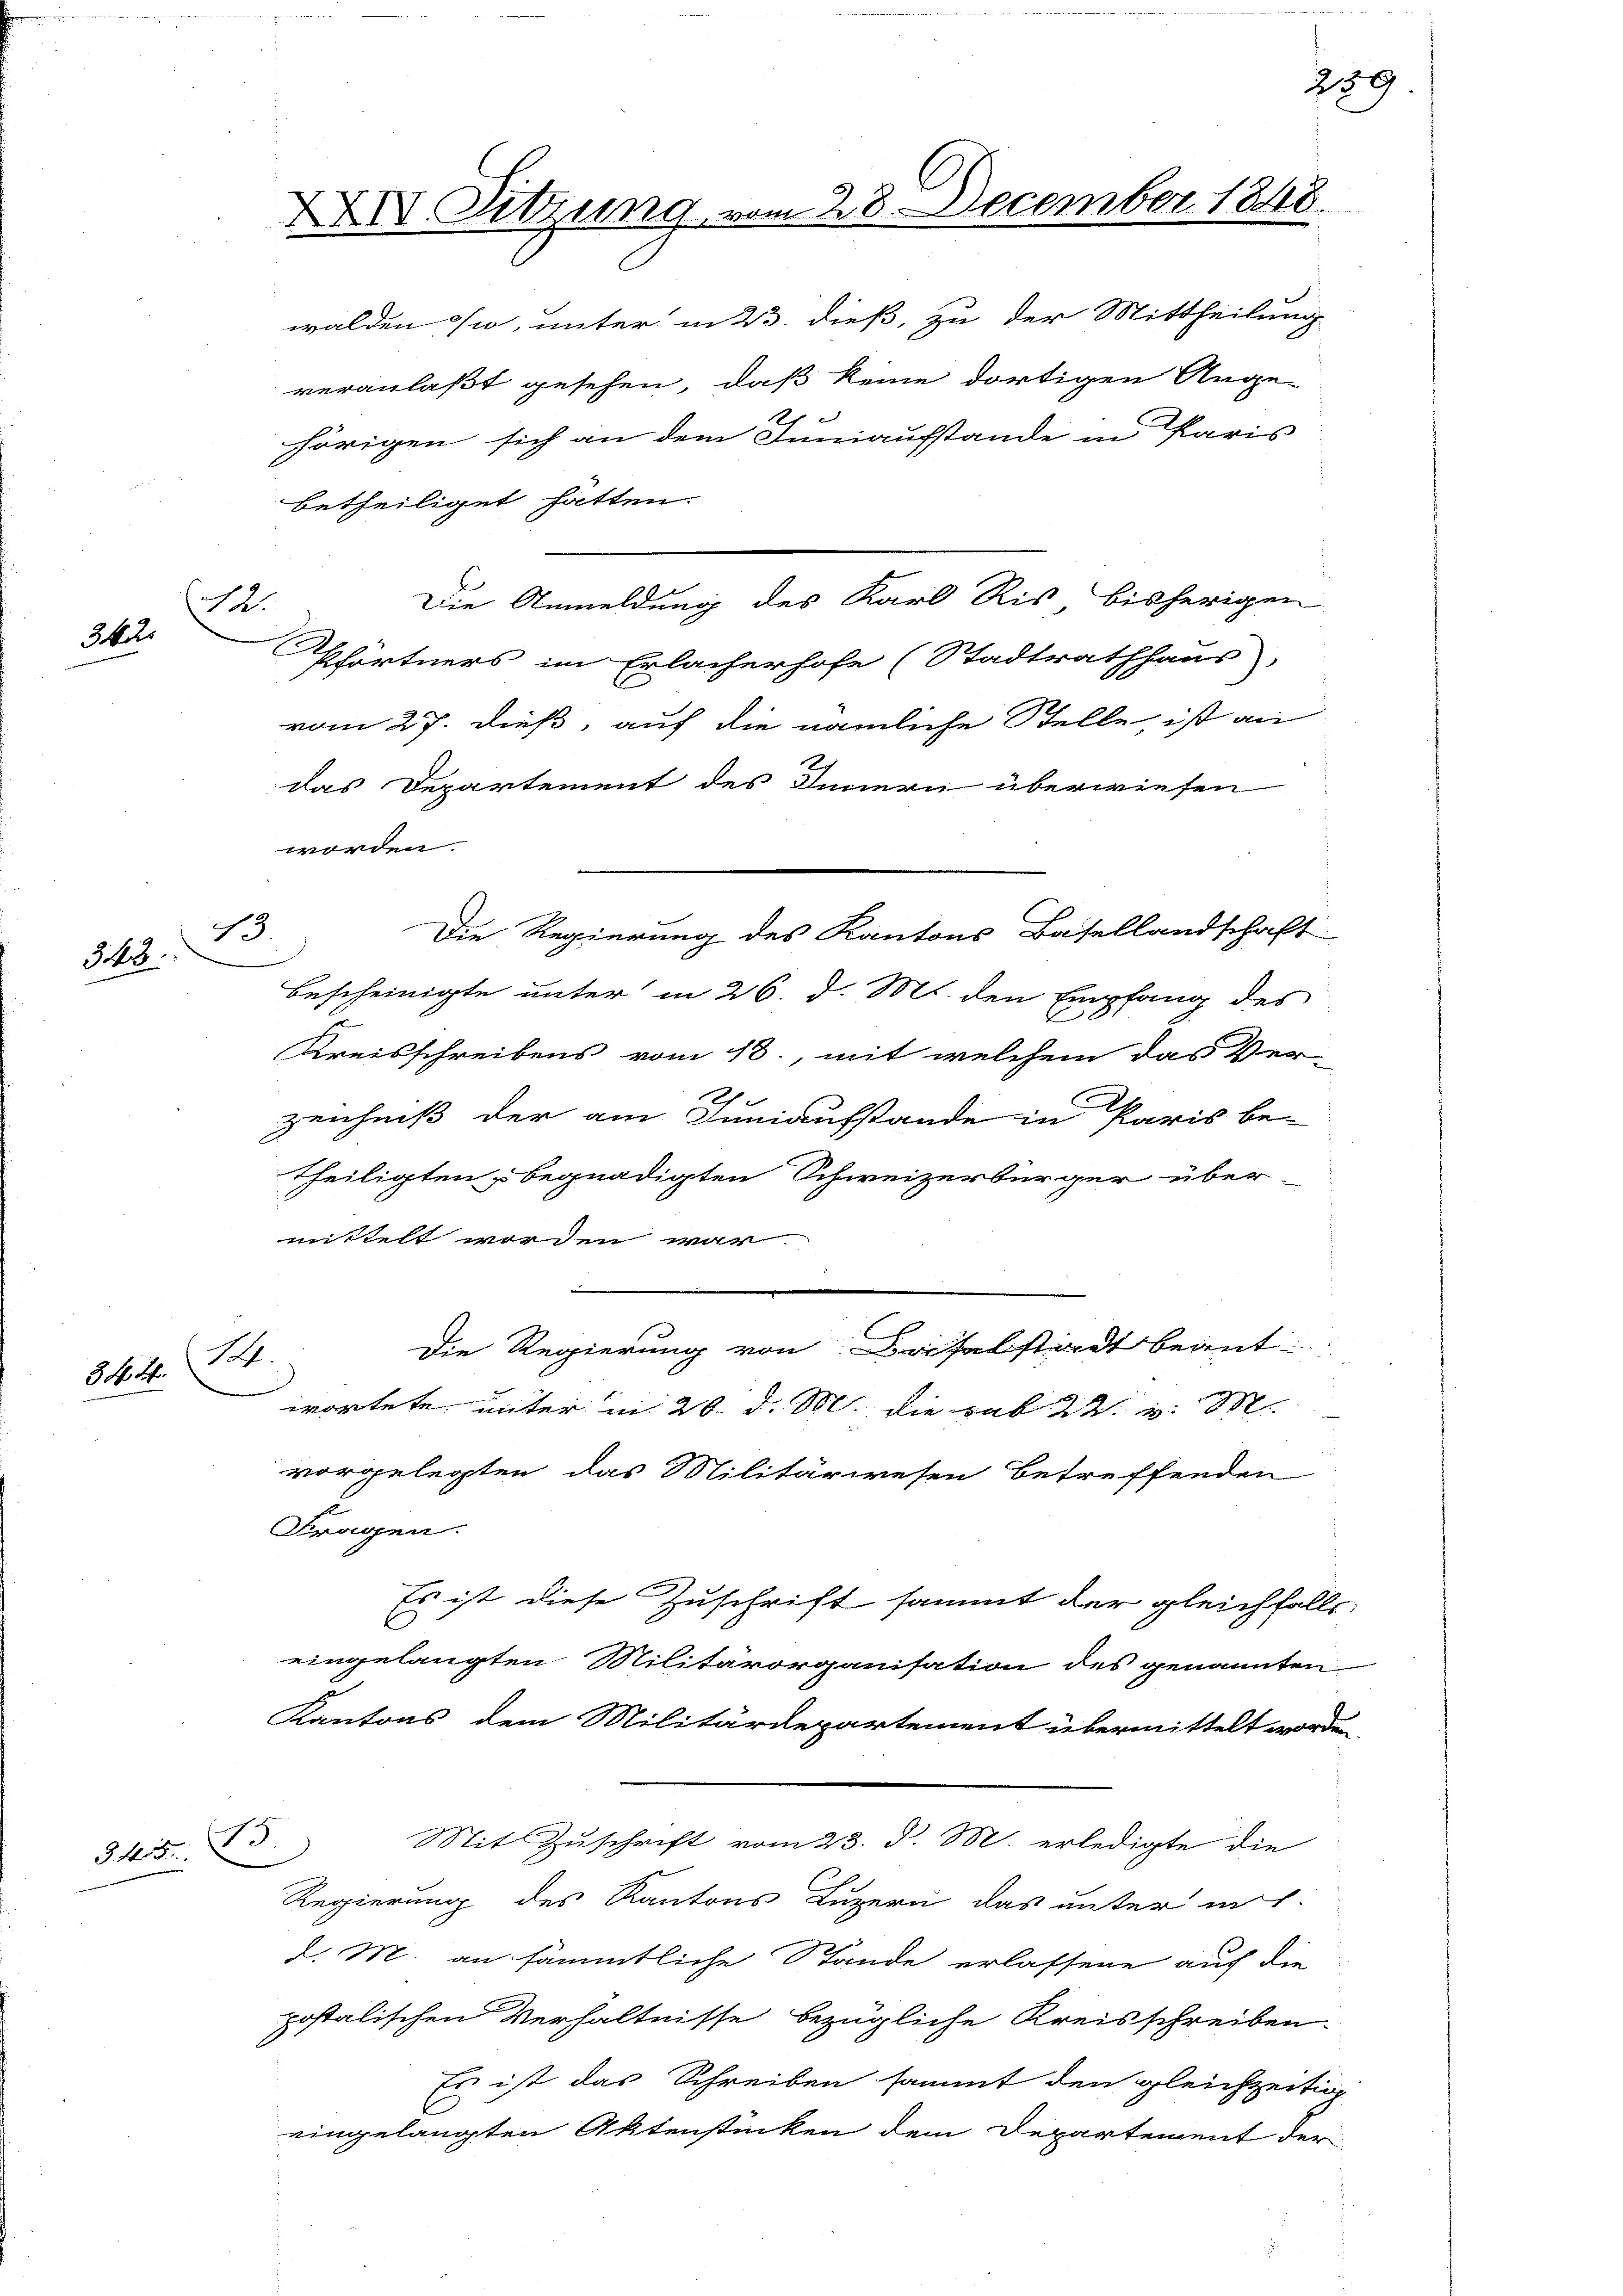
(St.
342.

348.

34. 4.

345. 73.

XXIV. Sitzung vom 28. December 1848.
walden wo, unter in 23. dieß, zu der Mittheilung

13.

veranlaßt gesehen, daß keine dortigen Ange-
e
hörigen sich an dem Inniaufstande in Paris
betheiliget hatten.
Pförtners im Erlacherhofe (Stadtrathhaus,
vom 27. dieß, auf die nämliche Stelle, ist an
das Departement des Innern überwiesen
worden.
Die Regierung des Kantons Basellandschaft
bescheinigte unter in 26. d. Ms. den Empfang des
Kreisschreibens vom 18., mit welchem das Ver-
e
zeichniß der am Inniaufstande in Paris be-
Theiligten u begnadigten Schweizerbürger über-
mittelt worden war.
Die Regierung von Baselstadt beant
M.
wortete, unter am 20. d. M. die sub. 2. v. M.
vorgelegten das Militärwesen betreffenden
f
Fragen.
Es ist diese Zuschrift sammt der gleichfalls
eingelangten Militärorganisation des genannten
Kantons dem Militärdepartement übermittelt worden.
Mit Zuschrift vom 23. d. M. erledigte die
Regierung des Kantons Luzern das unter mit
d. M. an sämmtliche Stände erlassene auf die
postalischen Verhältnisse bezügliche Kreisschreiben.
Es ist das Schreiben sammt den gleichzeitig
eingelangten Aktenstücken dem Departement den

Die Anmeldung des Karl Ris bisherigen

259.